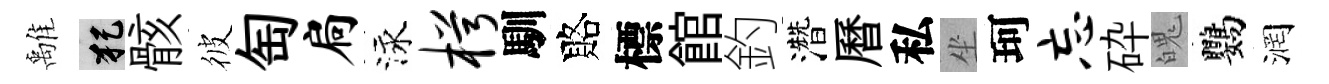
𩀌犯骸彼匋扃泳枵馴賂標館釣濳曆私坐珂忘砕魄鸚润